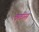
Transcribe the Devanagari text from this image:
चलीस